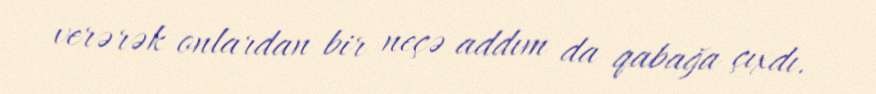
verərək onlardan bir neçə addım da qabağa çıxdı.